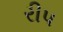
રીપ